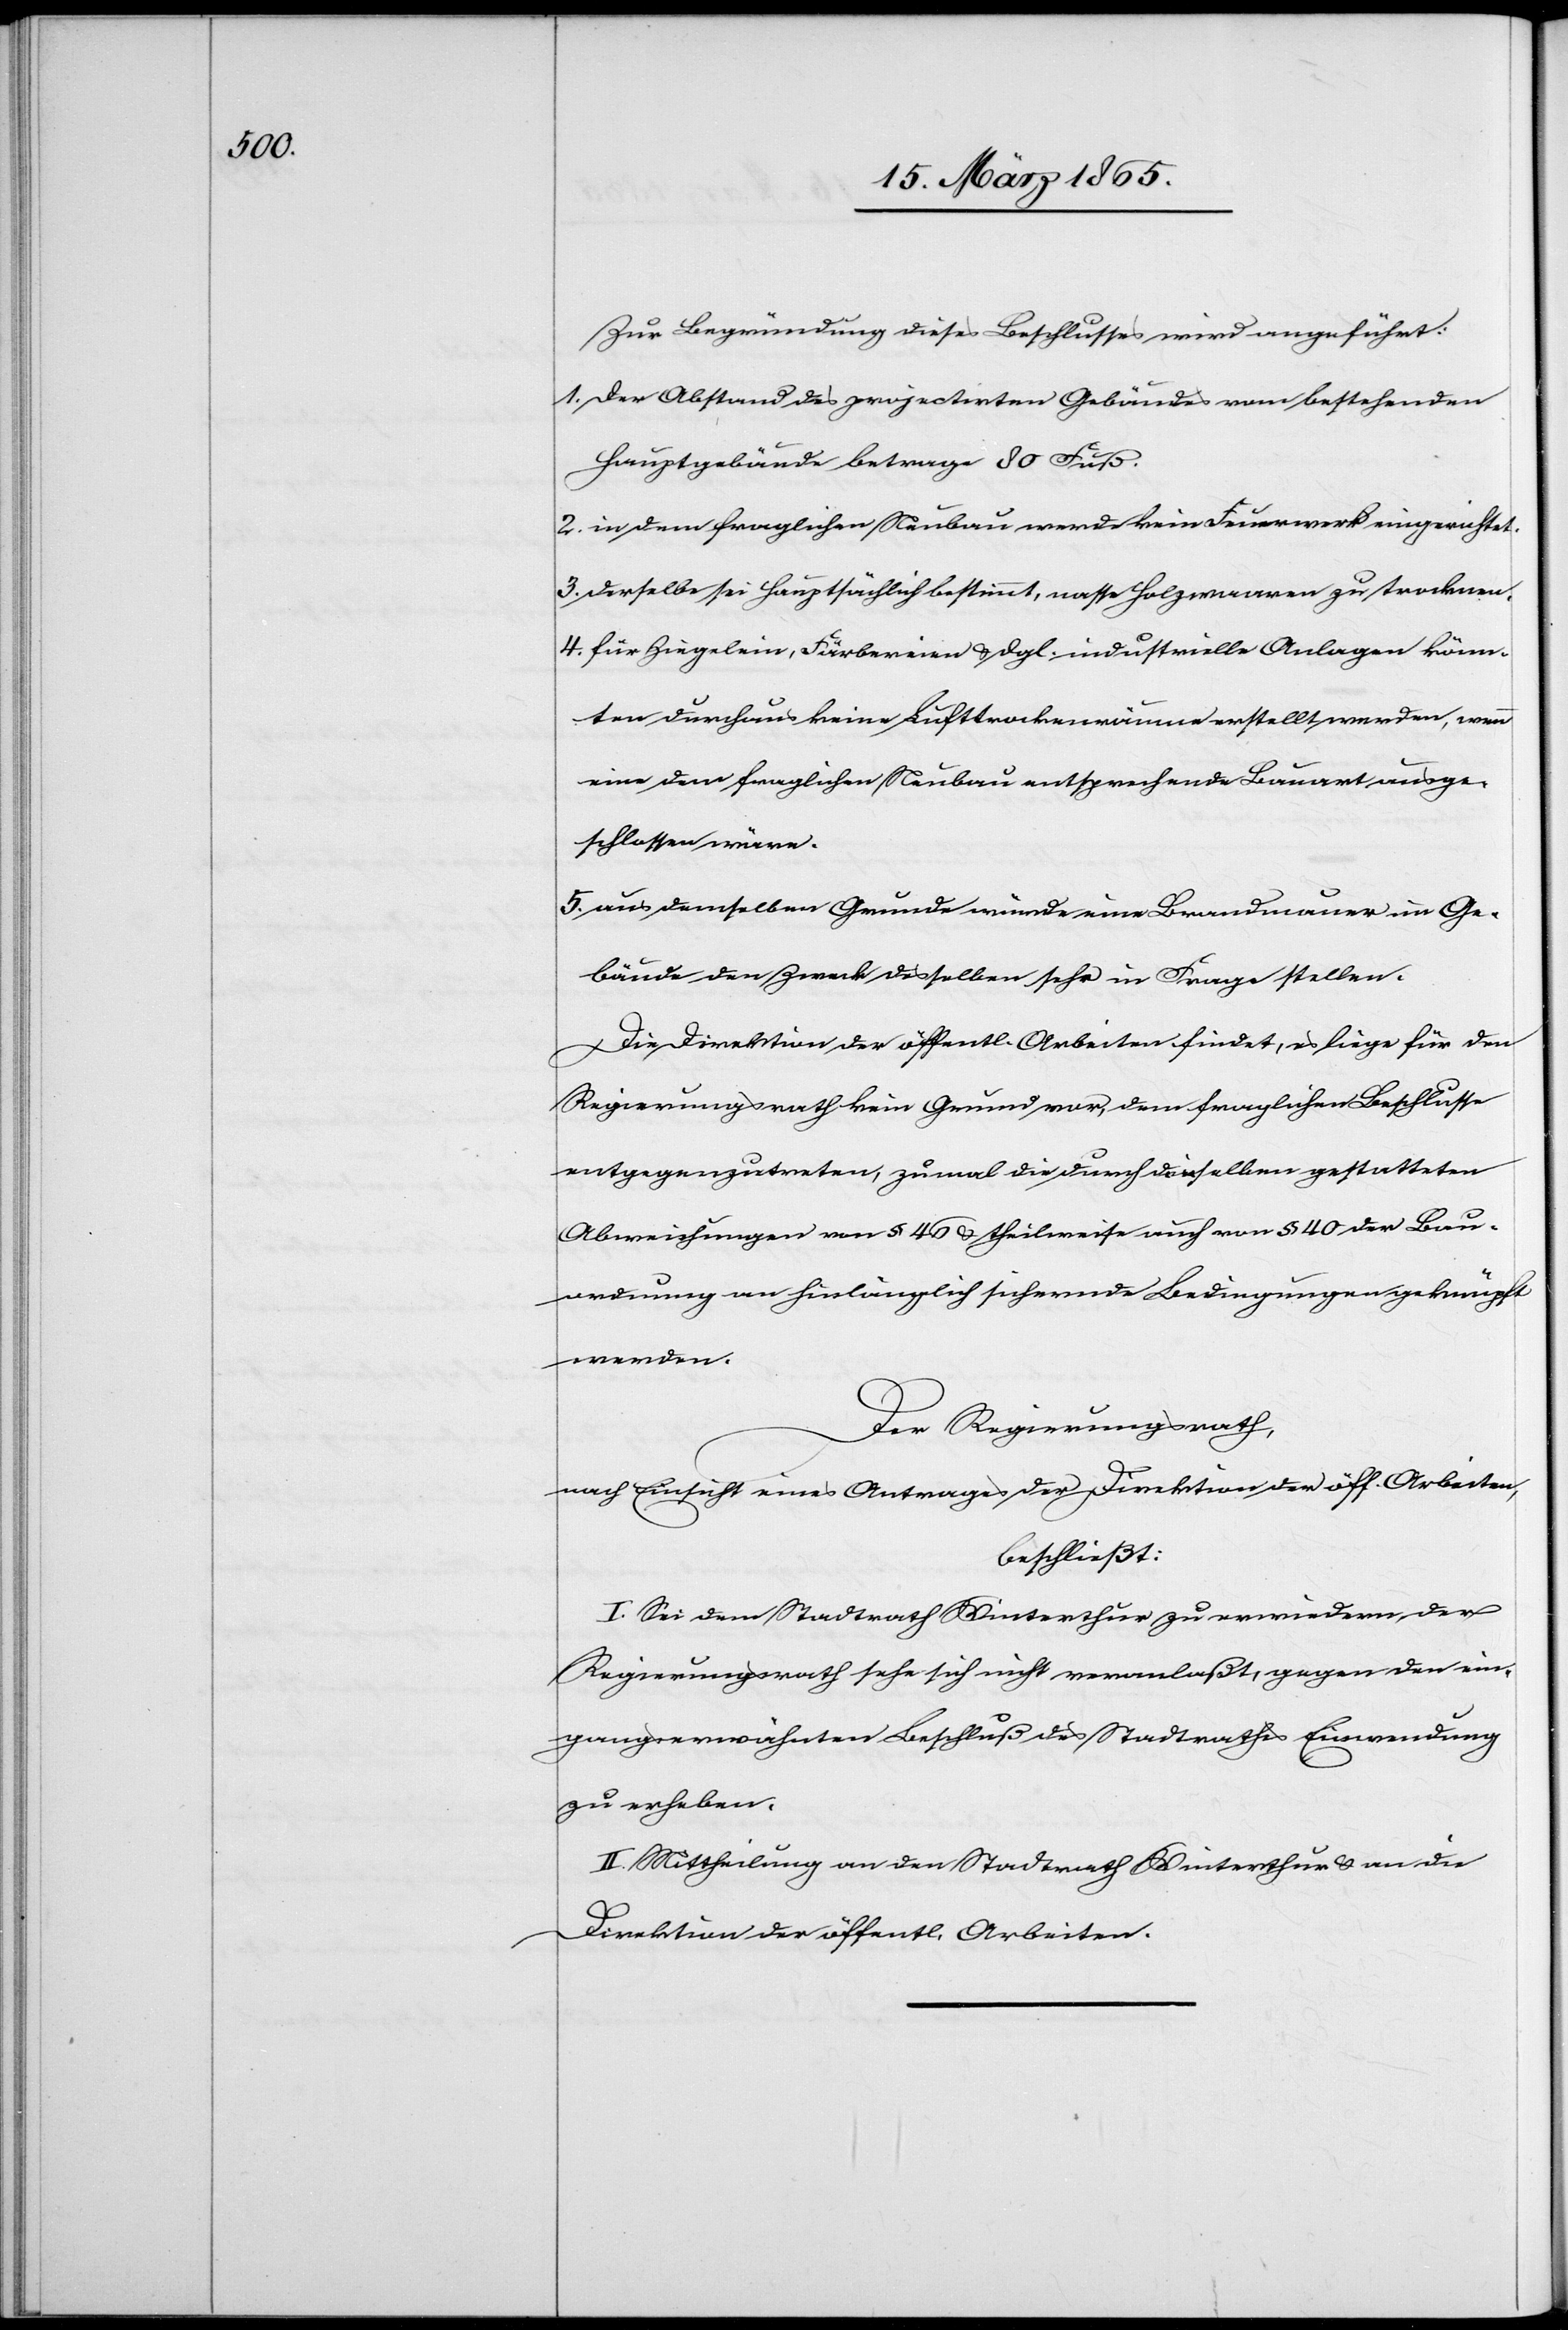
Zur Begründung dieses Beschlusses wird angeführt:
1. Der Abstand des projectirten Gebäudes vom bestehenden
Hauptgebäude betrage 80 Fuß.
2. in dem fraglichen Neubau werde kein Feuerwerk eingerichtet.
3. Derselbe sei hauptsächlich bestimmt, nasse Holzwaaren zu trocknen.
4. für Ziegelein, Färbereien & dgl. industrielle Anlagen könn¬
ten durchaus keine Luftrockenräume erstellt werden, wenn
eine dem fraglichen Neubau entsprechende Bauart ausge¬
schlossen wäre.
5. aus demselben Grunde würde eine Brandmauer im Ge¬
bäude den Zweck desselben sehr in Frage stellen.
Die Direktion der öffentl. Arbeiten findet, es liege für den
Regierungsrath kein Grund vor, dem fraglichen Beschlusse
entgegenzutreten, zumal die durch dieselben gestatteten
Abweichungen von § 46 & theilweise auch von § 40 der Bau¬
ordnung an hinlänglich sichernde Bedingungen geknüpft
werden.
Der Regierungsrath,
nach Einsicht eines Antrages der Direktion der öff. Arbeiten,
beschließt:
I. Sei dem Stadtrath Winterthur zu erwiedern, der
Regierungsrath sehe sich nicht veranlaßt, gegen den ein¬
gangserwähnten Beschluß des Stadtrathes Einwendung
zu erheben.
II. Mittheilung an den Stadtrath Winterthur & an die
Direktion der öffentl. Arbeiten.